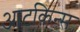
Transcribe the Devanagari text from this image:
आटकिन्स